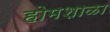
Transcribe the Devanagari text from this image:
होमशाळा